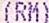
(RM)